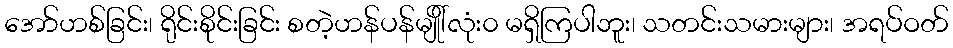
အော်ဟစ်ခြင်း၊ ရိုင်းစိုင်းခြင်း စတဲ့ဟန်ပန်မျိုါ်လုံး၀ မရှိကြပါဘူး၊ သတင်းသမားများ၊ အရပ်ဝတ်